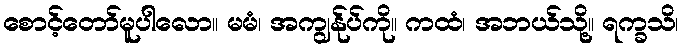
စောင့်တော်မူပါလော။ မမံ၊ အကျွန်ုပ်ကို။ ကထံ၊ အဘယ်သို့။ ရက္ခသိ၊